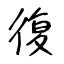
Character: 復